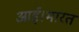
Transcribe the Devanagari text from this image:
आई।भारत